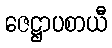
ဇေဋ္ဌာပစာယီ